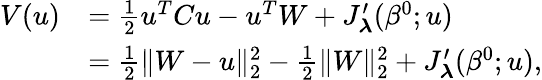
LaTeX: \begin{array}{rl}{V(u)}&{=\frac{1}{2}u^{T}Cu-u^{T}W+J_{\boldsymbol{\lambda}}^{\prime}({\beta^{0}};u)}\\ &{=\frac{1}{2}\Vert W-u\Vert_{2}^{2}-\frac{1}{2}\Vert W\Vert_{2}^{2}+J_{\boldsymbol{\lambda}}^{\prime}({\beta^{0}};u),}\end{array}